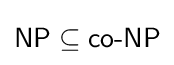
{\textsf {NP}}\subseteq {\textsf {co-NP}}